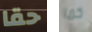
حقا كما